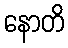
နောတိ